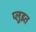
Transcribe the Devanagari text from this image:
प्लुइत